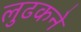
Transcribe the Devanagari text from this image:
लुढकने